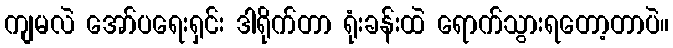
ကျမလဲ အော်ပရေးရှင်း ဒါရိုက်တာ ရုံးခန်းထဲ ရောက်သွားရတော့တာပဲ။